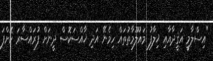
"އިސްލާމީ އަޤީދާއާއި ޚިލާފު މައުލޫމާތުތައް ހިމެނޭ އަދި ޚާއްސަކޮސް ދީނަށް ފުރައްސާރަ ކޮށްފަ